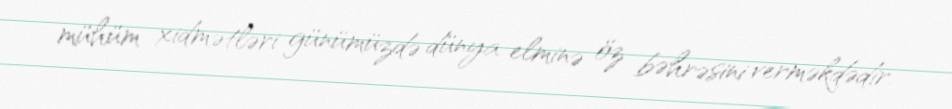
mühüm xidmətləri günümüzdə dünya elminə öz bəhrəsini verməkdədir.